Elephants and their diseases
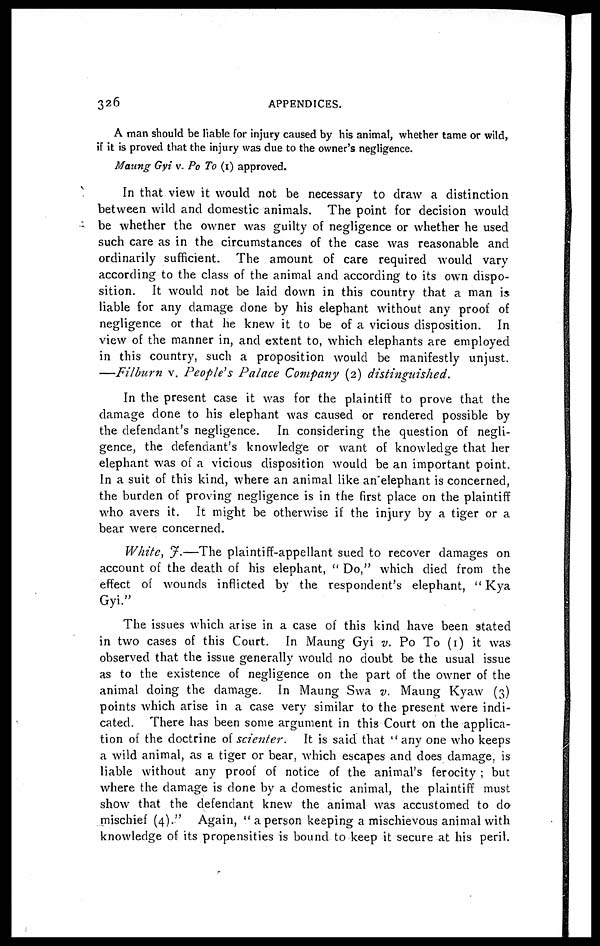
326
APPENDICES.
A man should be liable for injury caused by his animal, whether tame or wild,
if it is proved that the injury was due to the owner's negligence.
Maung Gyi v. Po To (1) approved.
In that view it would not be necessary to draw a distinction
between wild and domestic animals. The point for decision would
be whether the owner was guilty of negligence or whether he used
such care as in the circumstances of the case was reasonable and
ordinarily sufficient. The amount of care required would vary
according to the class of the animal and according to its own dispo-
sition. It would not be laid down in this country that a man is
liable for any damage done by his elephant without any proof of
negligence or that he knew it to be of a vicious disposition. In
view of the manner in, and extent to, which elephants are employed
in this country, such a proposition would be manifestly unjust.
—Filburn v. People's Palace Company (2) distinguished.
In the present case it was for the plaintiff to prove that the
damage done to his elephant was caused or rendered possible by
the defendant's negligence. In considering the question of negli-
gence, the defendant's knowledge or want of knowledge that her
elephant was of a vicious disposition would be an important point.
In a suit of this kind, where an animal like an elephant is concerned,
the burden of proving negligence is in the first place on the plaintiff
who avers it. It might be otherwise if the injury by a tiger or a
bear were concerned.
White, J.—The plaintiff-appellant sued to recover damages on
account of the death of his elephant, " Do," which died from the
effect of wounds inflicted by the respondent's elephant, " Kya
Gyi."
The issues which arise in a case of this kind have been stated
in two cases of this Court. In Maung Gyi v. Po To (1) it was
observed that the issue generally would no doubt be the usual issue
as to the existence of negligence on the part of the owner of the
animal doing the damage. In Maung Swa v. Maung Kyaw (3)
points which arise in a case very similar to the present were indi-
cated. There has been some argument in this Court on the applica-
tion of the doctrine of scienter.
It is said that " any one who keeps
a wild animal, as a tiger or bear, which escapes and does damage, is
liable without any proof of notice of the animal's ferocity ; but
where the damage is done by a domestic animal, the plaintiff must
show that the defendant knew the animal was accustomed to do
mischief (4)." Again, " a person keeping a mischievous animal with
knowledge of its propensities is bound to keep it secure at his peril.